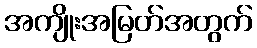
အကျိုးအမြတ်အတွက်